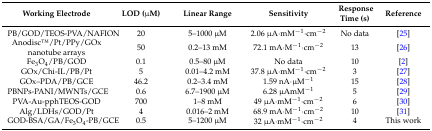
| Working Electrode | LOD (μM) | Linear Range | Sensitivity | Response Time (s) | Reference |
 | --- | --- | --- | --- | --- | --- |
 | PB/GOD/TEOS-PVA/NAFION | 20 | 5–1000 μM | 2.06 μA∙mM−1∙cm−2 | No data | [25] |
 | AnodiscTM/Pt/PPy/GOx nanotube arrays | 50 | 0.2–13 mM | 72.1 mA∙M−1∙cm−2 | 13 | [26] |
 | Fe3O4/PB/GOD | 0.1 | 0.5–80 μM | No data | 10 | [2] |
 | GOx/Chi-IL/PB/Pt | 5 | 0.01–4.2 mM | 37.8 μA∙mM−1∙cm−2 | 3 | [27] |
 | GOx–PDA/PB/GCE | 46.2 | 0.2–3.4 mM | 1.59 nA∙μM−1 | 15 | [28] |
 | PBNPs-PANI/MWNTs/GCE | 0.6 | 6.7–1900 μM | 6.28 μAmM−1 | 5 | [29] |
 | PVA-Au-pphTEOS-GOD | 700 | 1–8 mM | 49 μA∙mM−1∙cm−2 | 6 | [30] |
 | Alg/LDHs/GOD/Pt | 4 | 0.016–2 mM | 68.9 mA∙M−1∙cm−2 | 10 | [31] |
 | GOD-BSA/GA/Fe3O4-PB/GCE | 0.5 | 5–1200 μM | 32 μA∙mM−1∙cm−2 | 4 | This work |